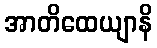
အာတိထေယျာနိ